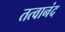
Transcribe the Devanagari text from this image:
तत्वानंद